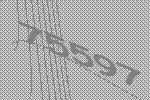
75597